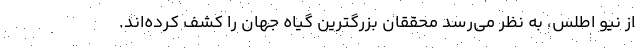
از نیو اطلس، به نظر می‌رسد محققان بزرگترین گیاه جهان را کشف کرده‌اند.